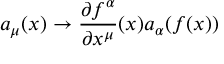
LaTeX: a _ { \mu } ( x ) \to \frac { \partial f ^ { \alpha } } { \partial x ^ { \mu } } ( x ) a _ { \alpha } ( f ( x ) )